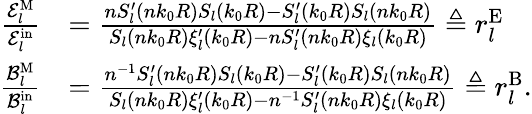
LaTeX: \begin{array}{rl}{\frac{\mathcal{E}_{l}^{\mathrm{M}}}{\mathcal{E}_{l}^{\mathrm{in}}}}&{=\frac{nS_{l}^{\prime}(nk_{0}R)S_{l}(k_{0}R)-S_{l}^{\prime}(k_{0}R)S_{l}(nk_{0}R)}{S_{l}(nk_{0}R)\xi_{l}^{\prime}(k_{0}R)-nS_{l}^{\prime}(nk_{0}R)\xi_{l}(k_{0}R)}\triangleq r_{l}^{\mathrm{E}}}\\ {\frac{\mathcal{B}_{l}^{\mathrm{M}}}{\mathcal{B}_{l}^{\mathrm{in}}}}&{=\frac{n^{-1}S_{l}^{\prime}(nk_{0}R)S_{l}(k_{0}R)-S_{l}^{\prime}(k_{0}R)S_{l}(nk_{0}R)}{S_{l}(nk_{0}R)\xi_{l}^{\prime}(k_{0}R)-n^{-1}S_{l}^{\prime}(nk_{0}R)\xi_{l}(k_{0}R)}\triangleq r_{l}^{\mathrm{B}}.}\end{array}